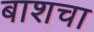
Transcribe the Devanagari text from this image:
बाशचा